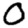
Digit: 0